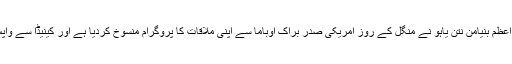
اسرائیلی وزیر اعظم بنیامن نتن یاہو نے منگل کے روز امریکی صدر براک اوباما سے اپنی ملاقات کا پروگرام منسوخ کردیا ہے اور کینیڈا سے واپس جارہے ہیں۔